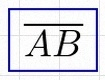
\overline{AB}